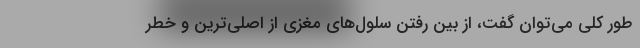
طور کلی می‌توان گفت، از بین رفتن سلول‌های مغزی از اصلی‌ترین و خطر